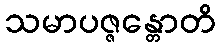
သမာပဇ္ဇန္တောတိ